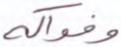
وفواكه